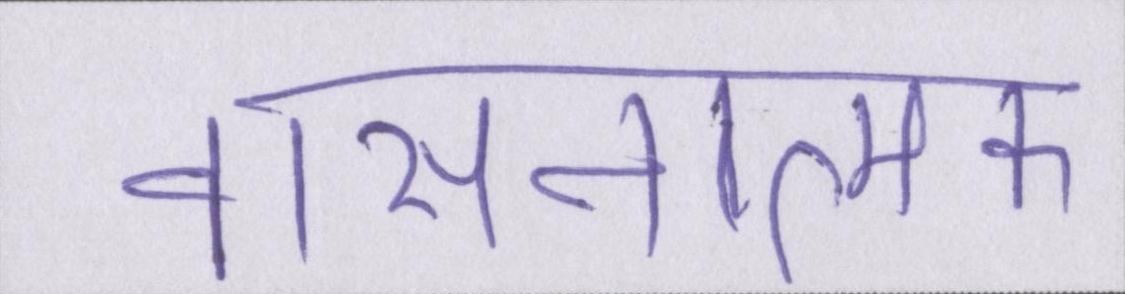
वासनात्मक